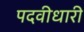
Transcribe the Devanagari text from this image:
पदवीधारी